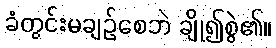
ခံတွင်းမချဉ်စေဘဲ ချို၍စွဲ၏။